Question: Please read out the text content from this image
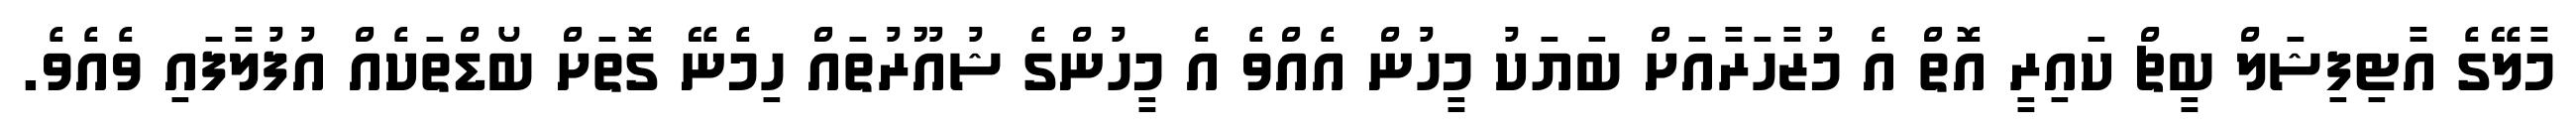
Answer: މާލޭގެ އާޓިފިޝަލް ބީޗް ކައިރީ އޮތް އެ މުޒާހަރާއަށް ބަޔަކު މީހުން އެއްވެ އެ މީހުންގެ ޝުއޫރުތައް ހިމެނޭ ގޮތަށް ބޯޑްތަކެއް އުފުލާފައި ވެއެވެ.